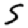
Digit: 5